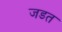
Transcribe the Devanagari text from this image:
जडत